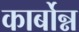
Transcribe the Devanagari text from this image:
कार्बोन्न